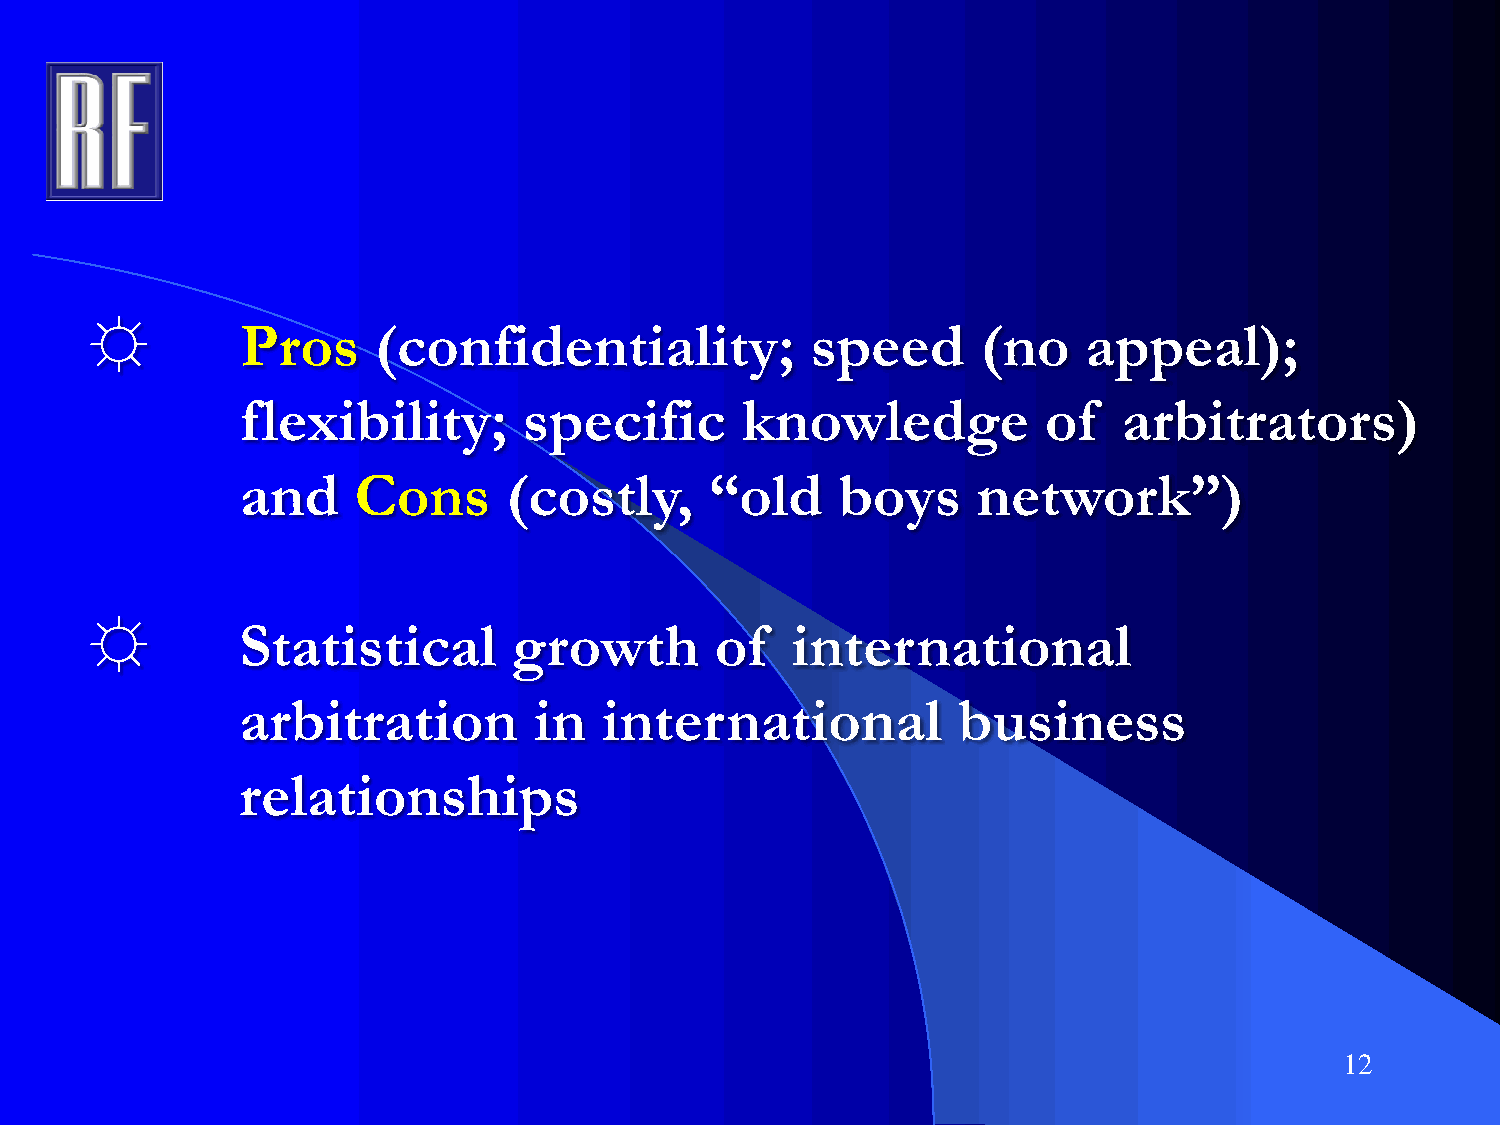
☼         Pros     (confidentiality;            speed      (no    appeal);
 flexibility;       specific      knowledge           of   arbitrators)
 and    Cons       (costly,     “old     boys     network”)
 ☼         Statistical       growth       of   international
 arbitration        in   international          business
 relationships
 12